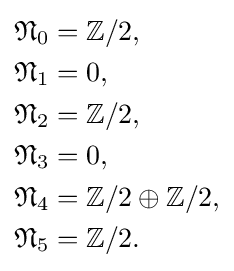
{\begin{aligned}{\mathfrak {N}}_{0}&=\mathbb {Z} /2,\\{\mathfrak {N}}_{1}&=0,\\{\mathfrak {N}}_{2}&=\mathbb {Z} /2,\\{\mathfrak {N}}_{3}&=0,\\{\mathfrak {N}}_{4}&=\mathbb {Z} /2\oplus \mathbb {Z} /2,\\{\mathfrak {N}}_{5}&=\mathbb {Z} /2.\end{aligned}}